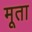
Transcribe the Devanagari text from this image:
मूता